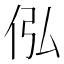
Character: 𪜴